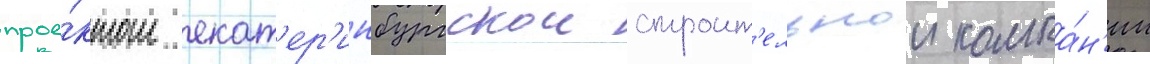
прое́ктом екат'ер'инбургскои строит'ельнои компа́н'ии